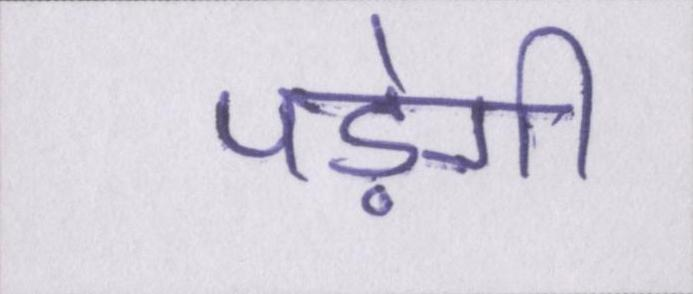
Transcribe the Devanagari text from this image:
पड़ेगी